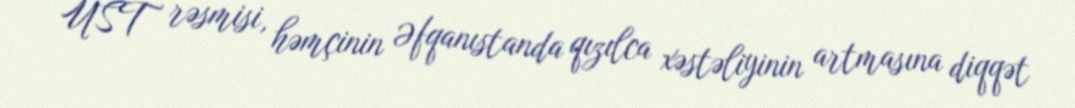
ÜST rəsmisi, həmçinin Əfqanıstanda qızılca xəstəliyinin artmasına diqqət